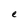
Character: e